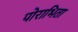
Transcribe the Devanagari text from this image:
पोराभिता